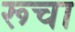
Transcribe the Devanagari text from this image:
रूचा